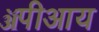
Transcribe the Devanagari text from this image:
ॲपीआय